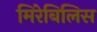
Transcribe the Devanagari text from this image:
मिरेबिलिस